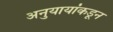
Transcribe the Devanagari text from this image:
अनुयायांकडून